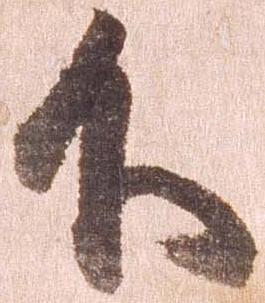
不